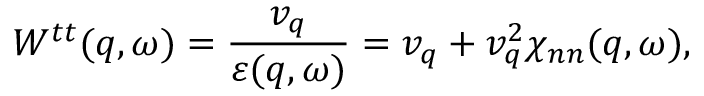
W ^ { t t } ( q , \omega ) = \frac { v _ { q } } { \varepsilon ( q , \omega ) } = v _ { q } + v _ { q } ^ { 2 } \chi _ { n n } ( q , \omega ) ,